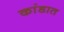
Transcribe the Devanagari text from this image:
कांडात